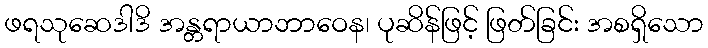
ဖရသုဆေဒါဒိ အန္တရာယာဘာဝေန၊ ပုဆိန်ဖြင့် ဖြတ်ခြင်း အစရှိသော